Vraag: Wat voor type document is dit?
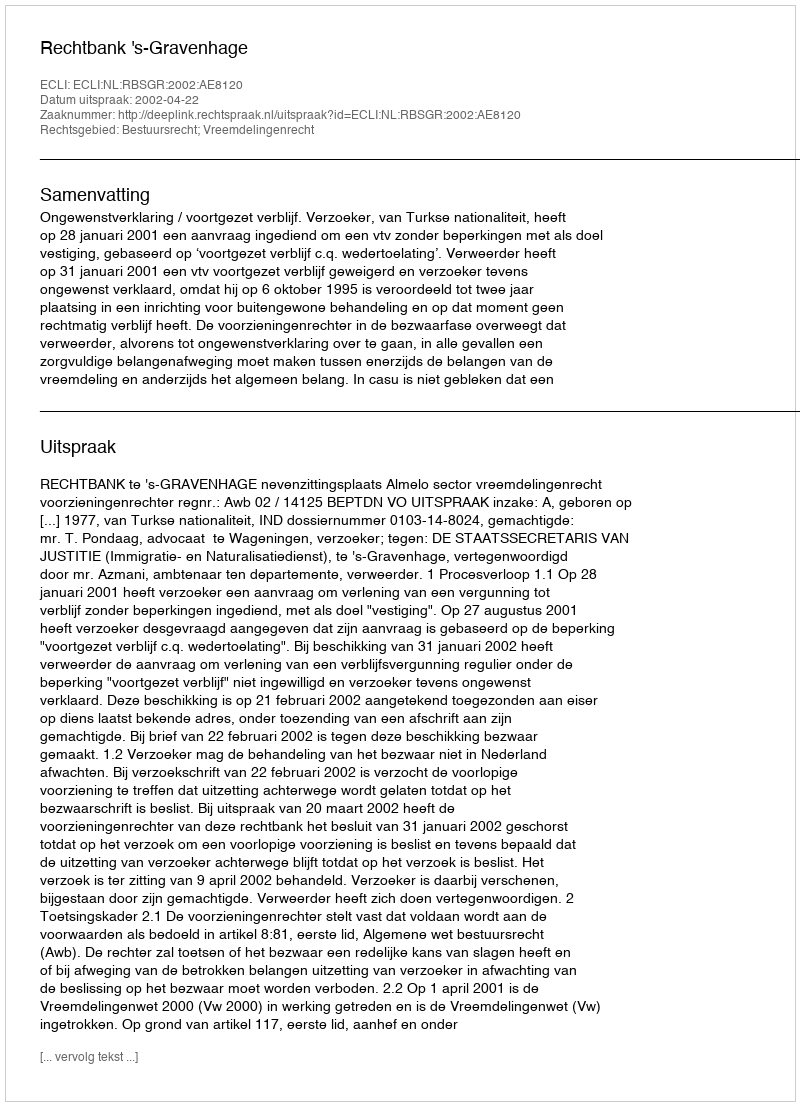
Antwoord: Uitspraak